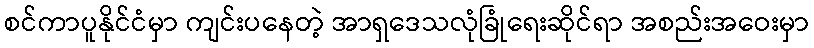
စင်ကာပူနိုင်ငံမှာ ကျင်းပနေတဲ့ အာရှဒေသလုံခြုံရေးဆိုင်ရာ အစည်းအဝေးမှာ